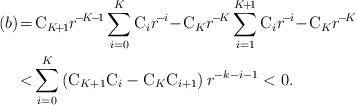
LaTeX: \begin{align*}(b)&\!=\!\mathrm{C}_{K\!+\!1} r^{\!-\!K\!-\!1}\sum\limits_{i=0}^K\mathrm{C}_i r^{\!-\!i}\!-\!\mathrm{C}_K r^{\!-\!K}\sum\limits_{i=1}^{K\!+\!1}\mathrm{C}_i r^{\!-\!i}\!-\!\mathrm{C}_K r^{\!-\!K} \\ &\!<\! \sum\limits_{i=0}^K {\left(\mathrm{C}_{K+1}\mathrm{C}_i-\mathrm{C}_K\mathrm{C}_{i+1} \right) r^{-k-i-1}} <0.\end{align*}